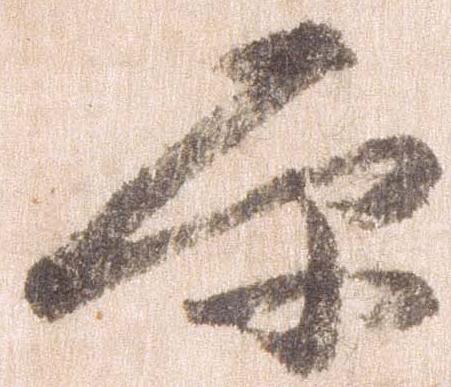
原